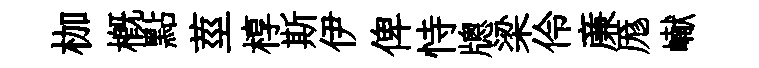
枷槪點莖椁斯伊俾恃牕梁伶亷厖𪩘